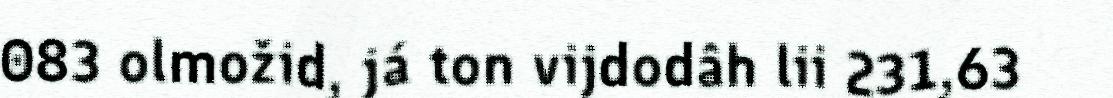
083 olmožid, já ton vijdodâh lii 231,63